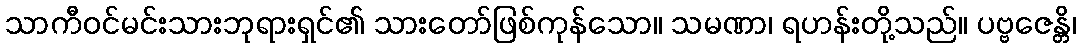
သာကီဝင်မင်းသားဘုရားရှင်၏ သားတော်ဖြစ်ကုန်သော။ သမဏာ၊ ရဟန်းတို့သည်။ ပဗ္ဗဇေန္တိ၊